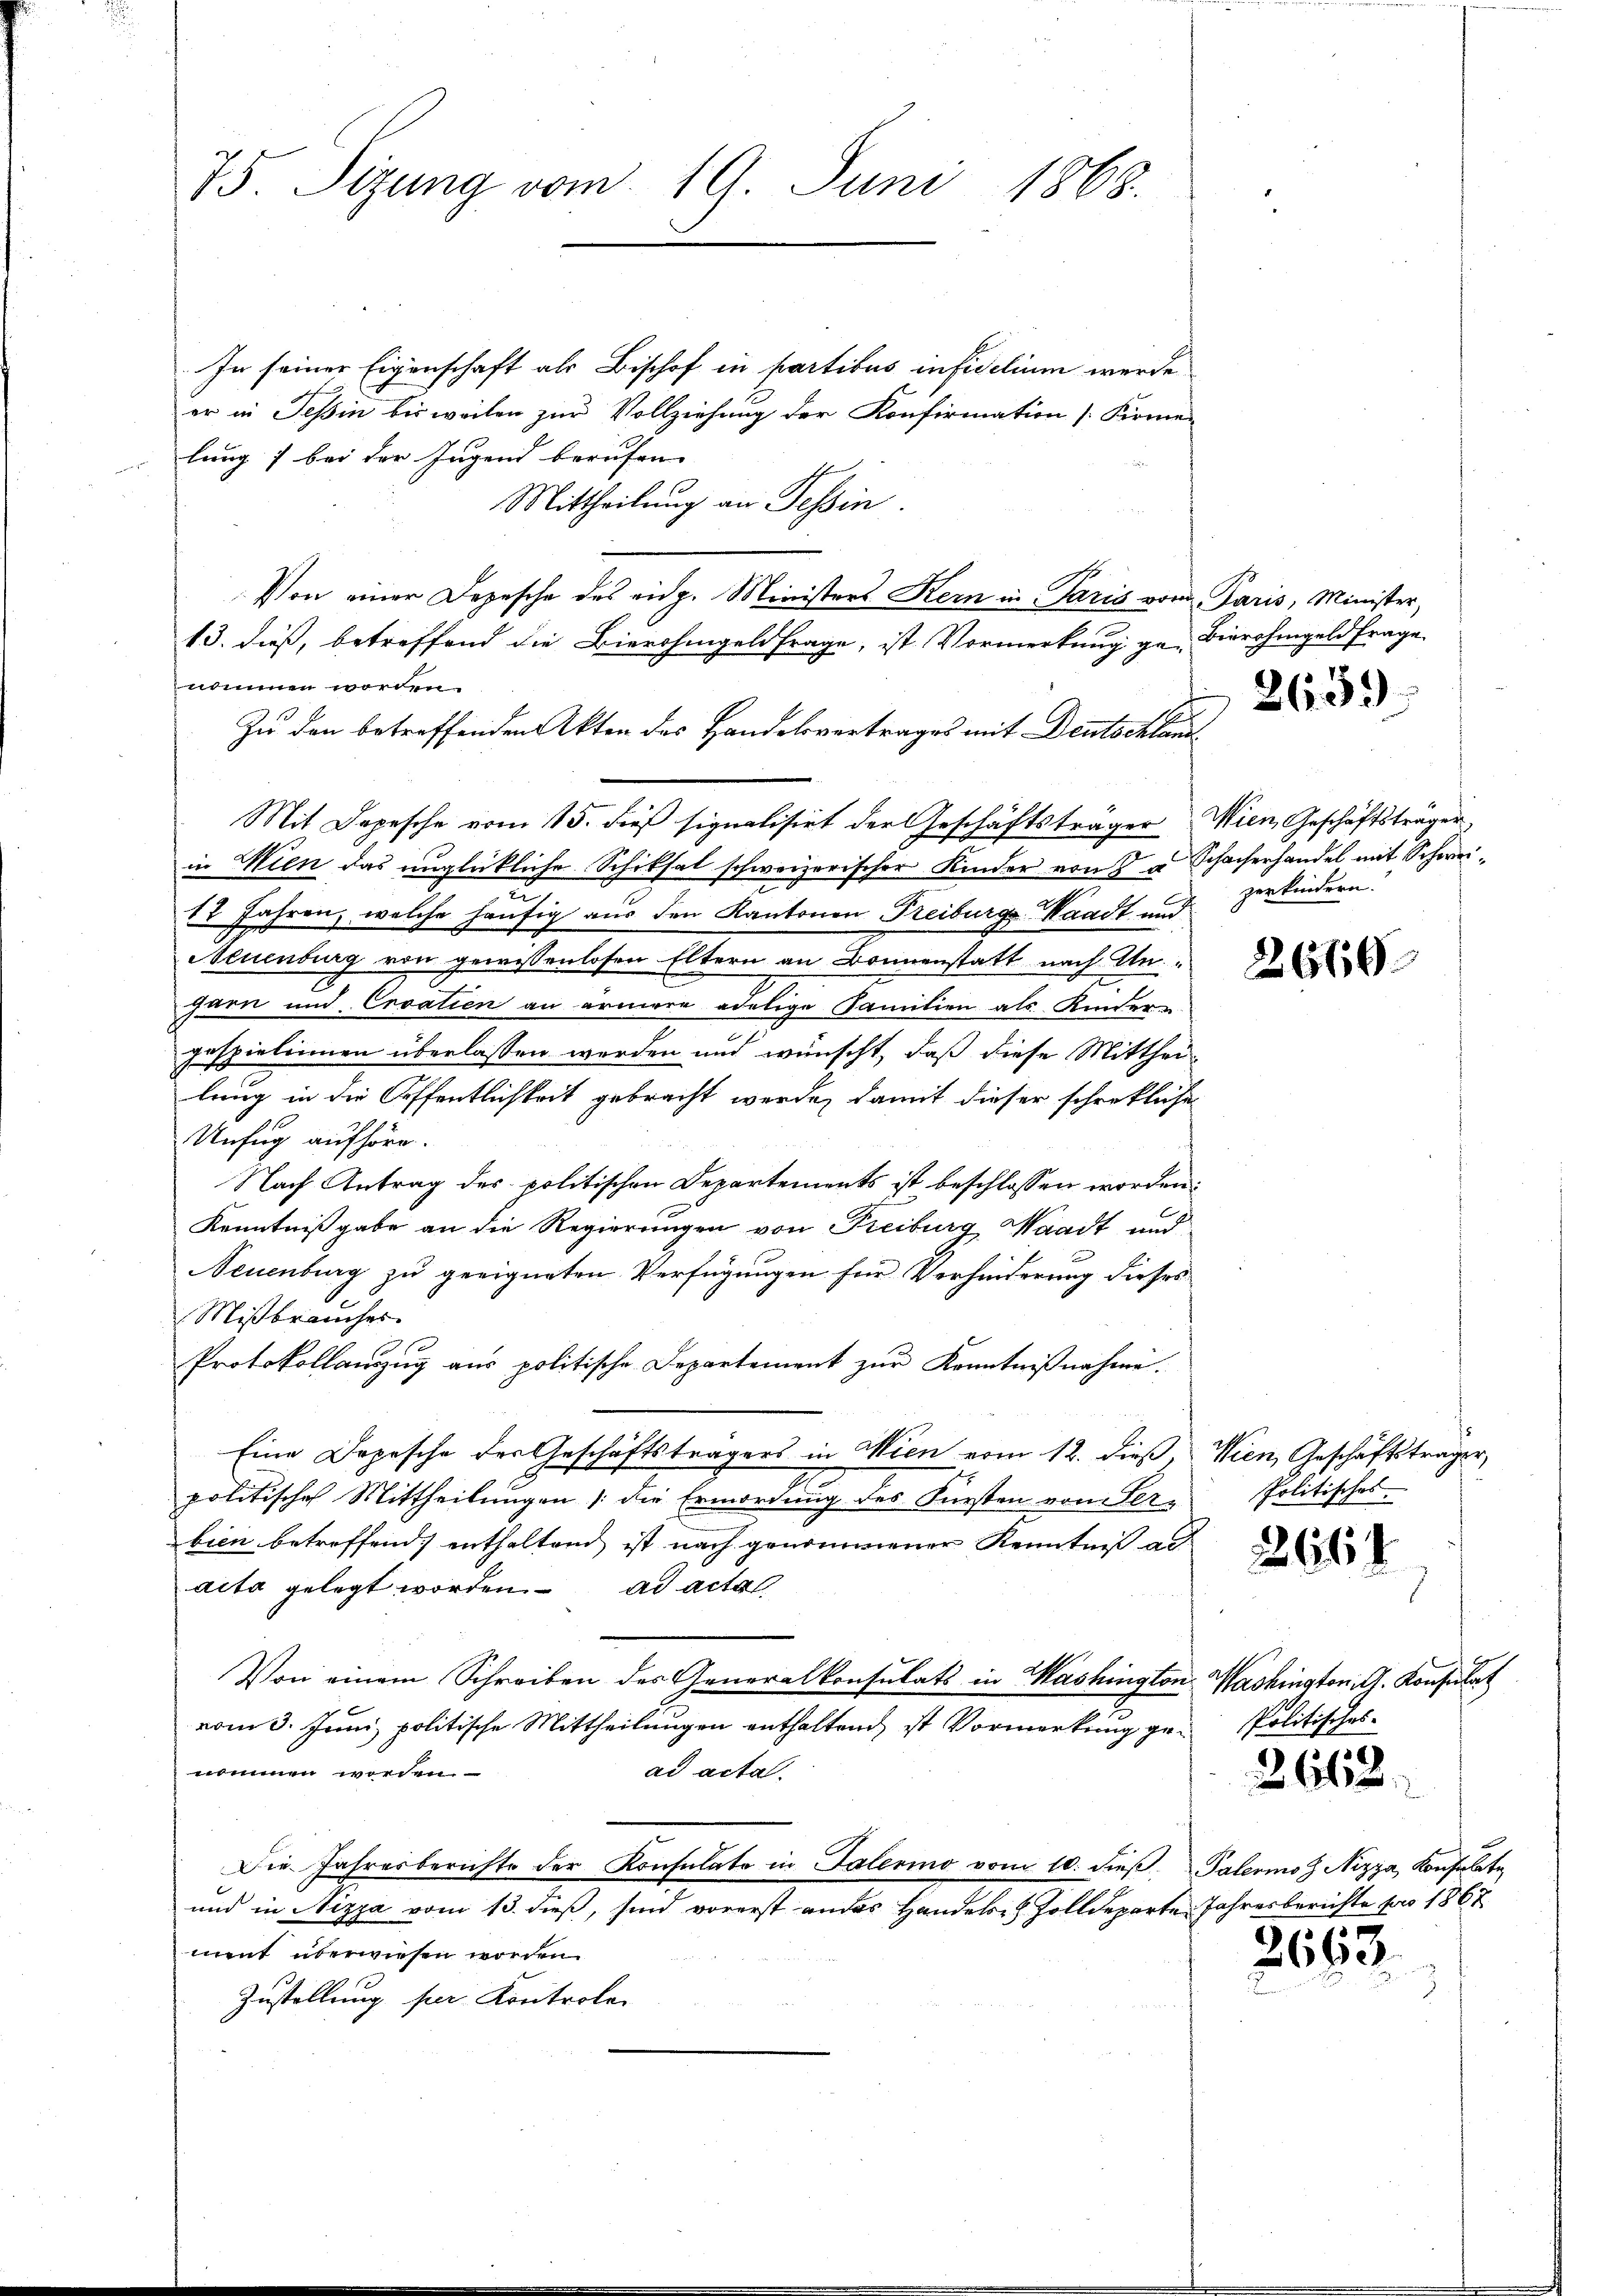
75. Sizung vom 19. Juni 1868.

In seiner Eigenschaft als Bischof in partibus infidelium werde
er in Teßin bis weilen zur Vollziehung der Konfirmation [Kirmen
lung 7 bei der Jugend berufen. |
Mittheilung an Tessin
Von einer Depesche des eidg. Ministers Kern in Paris vom Paris, Minister,
13. dieß, betreffend die Bierohingeld frage, ist Vormerkung ge- Bierrahmgeldfrage
nommen worden.
Zu den betreffenden Akten des Handelsvertrages mit Deutschland
Mit Depesche vom 15. dieß signalisirt der Geschäftsträger Wien, Geschäftsträger
in Wien das unglückliche Schiksal schweizerischer Kinder von 5 u Schacherhandel mit Schwei¬
18 Jahren, welche häufig aus den Kantonen Treiburgs Waadt und
Neuenburg von gewissenlosen Eltern an Bonnenstatt nach Un
garn und Croatien an ärmere adelige Familien als Kinder-
gespielinnen überlassen werden und wünscht, daß diese Mitthei-
lung in die Offentlichkeit gebracht werde, damit dieser schreckliche
Unfug aufhöre.
Nach Antrag des politischen Departements ist beschlossen worden.
Kenntnißgabe an die Regierungen von Freiburg Waadt und
Neuenburg zu geeigneten Verfügungen für Verhinderung dieses
Mißbrauches.
Protokollanzug aus politische Departement zur Kenntnißnahme.
Eine Depesche der Geschäftsträgers in Wien vom 12. dieß, Wien, Geschäftsträger,
politische Mittheilungen die Ermordung des Fürsten von Ser-
bien betreffend enthaltend ist nach genommener Kenntniß al
acta gelegt worden. ad acta
Von einem Schreiben des Generalkonsulats in Washington Washington G. Konsulat
vom 3. Juni, politische Mittheilungen enthaltend, ist Vormerkung genommen worden.
ad acta.
Die Jahresberichte der Konsulate in Talermo vom 10. dieβ. Palermo Z Nizza, Konsulate
und in Nizza vom 13. dieß, sind vorerst andes Handels Zolldeparte Jahresberichte pro 1867
ment überwiesen worden.
Zustellung per Kontroler

26.39

zerkindern.

2660

Politisches.

2614

Politisches

2612.

2663.